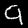
Digit: 9